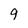
Character: 9